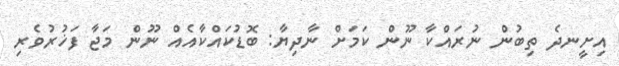
އިށީނދެ ތިބުން ނުރައްކާ ނޫން ކަމަށް ނާދިޔާ: ބޮޑުކައްކާއެއް ނޫން މަޖާ ފަޚުރުވެރި